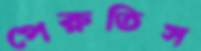
পেরুতিস